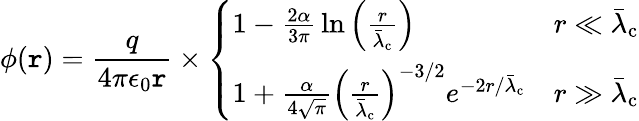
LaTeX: \phi(\mathtt{r})={\frac{{q}}{{4\pi\epsilon_{0}\mathtt{r}}}}\times{\left\{ \begin{array}{ll}{1-{\frac{2\alpha}{3\pi}}\ln\left({\frac{r}{{\bar{\lambda}}_{\mathrm{c}}}}\right)}&{r\ll{\bar{\lambda}}_{\mathrm{c}}}\\ {1+{\frac{\alpha}{4{\sqrt{\pi}}}}\left({\frac{r}{{\bar{\lambda}}_{\mathrm{c}}}}\right)^{-3/2}e^{-2r/{\bar{\lambda}}_{\mathrm{c}}}}&{r\gg{\bar{\lambda}}_{\mathrm{c}}}\end{array}\right.}